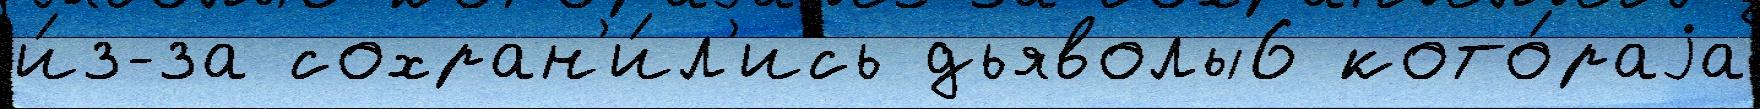
и́з-за сохран'и́л'ись дьяволы6 кото́раjа